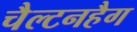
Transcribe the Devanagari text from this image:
चैल्टनहैग